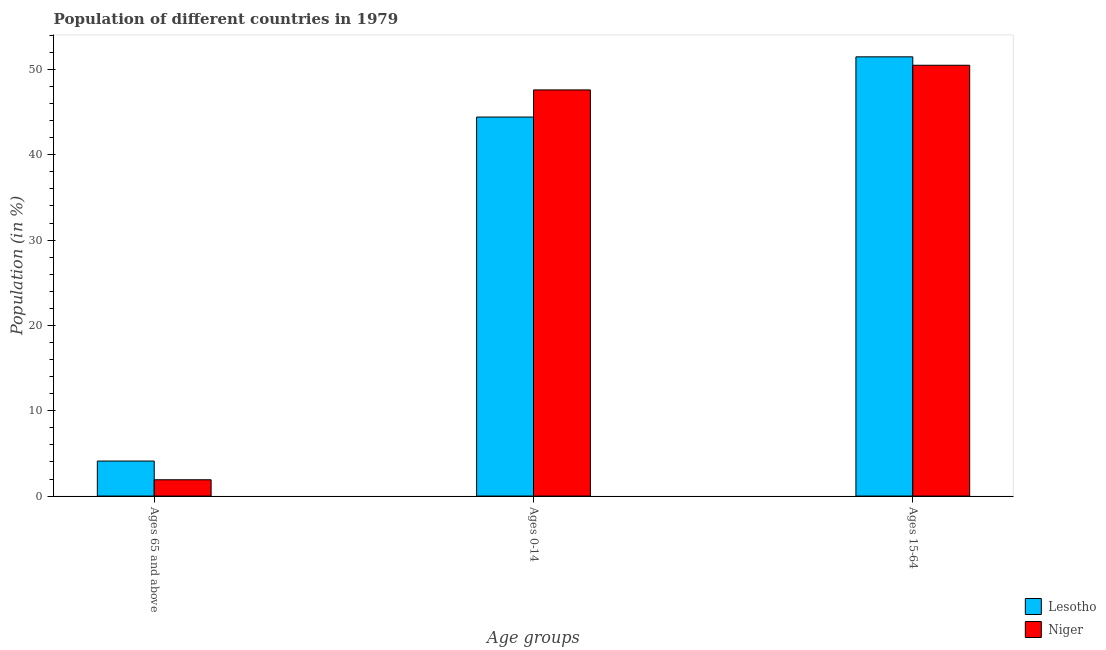
| Age groups | Lesotho | Niger |
 | --- | --- | --- |
 | Ages 65 and above | 4.1 | 1.91 |
 | Ages 0-14 | 44.4 | 47.6 |
 | Ages 15-64 | 51.5 | 50.5 |